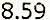
8.59